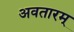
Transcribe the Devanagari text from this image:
अवतारम्